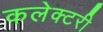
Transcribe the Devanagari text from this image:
कलेक्टरी